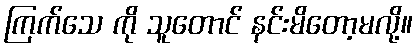
ကြက်သေ ကို သူတောင် နင်းမိတော့မလို့။